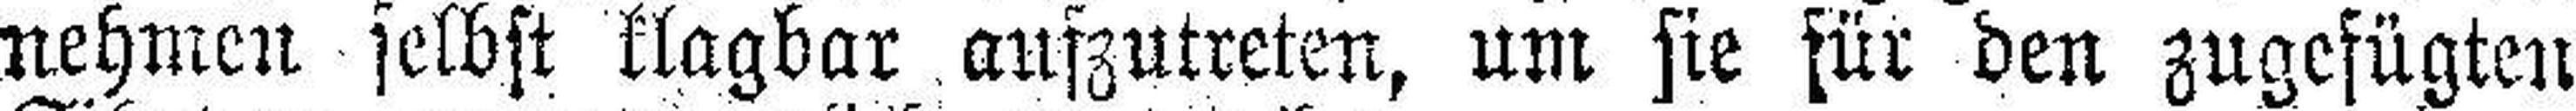
nehmen selbst klagbar aufzutreten, um sie für den zugefügten